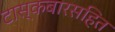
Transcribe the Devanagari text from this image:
टास्कबारसहित